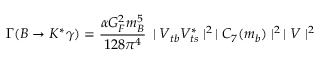
\Gamma ( B \rightarrow K ^ { * } \gamma ) = \frac { \alpha G _ { F } ^ { 2 } m _ { B } ^ { 5 } } { 1 2 8 \pi ^ { 4 } } \, \mid V _ { t b } V _ { t s } ^ { * } \mid ^ { 2 } \, \mid C _ { 7 } ( m _ { b } ) \mid ^ { 2 } \, \mid V \mid ^ { 2 }